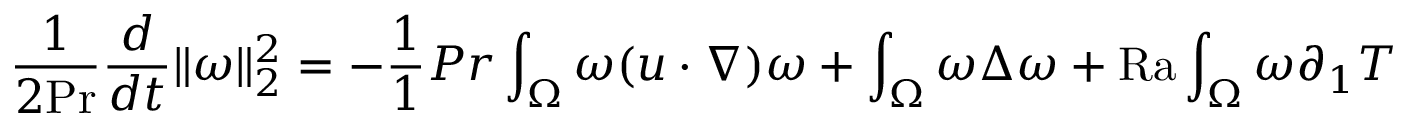
\frac { 1 } { 2 \mathrm { { P r } } } \frac { d } { d t } \| \omega \| _ { 2 } ^ { 2 } = - \frac { 1 } { 1 } { { P r } } \int _ { \Omega } \omega ( u \cdot \nabla ) \omega + \int _ { \Omega } \omega \Delta \omega + \mathrm { { R a } } \int _ { \Omega } \omega \partial _ { 1 } T